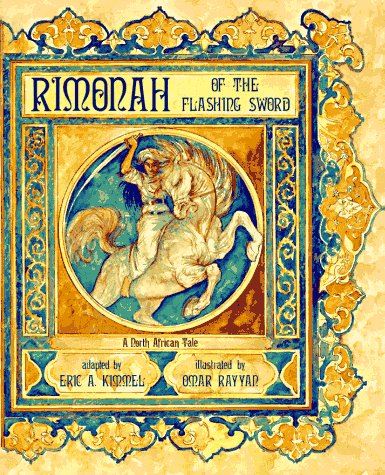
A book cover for Rimonah of the Flashing Sword: A North African Tale; Eric A. Kimmel; Children's Books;